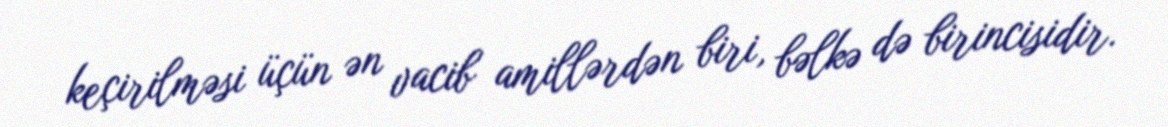
keçirilməsi üçün ən vacib amillərdən biri, bəlkə də birincisidir.